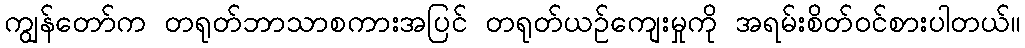
ကျွန်တော်က တရုတ်ဘာသာစကားအပြင် တရုတ်ယဉ်ကျေးမှုကို အရမ်းစိတ်ဝင်စားပါတယ်။